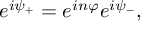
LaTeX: e ^ { i \psi _ { + } } = e ^ { i n \varphi } e ^ { i \psi _ { - } } ,